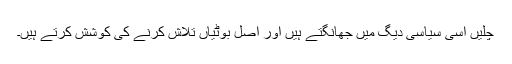
چلیں اسی سیاسی دیگ میں جھانگتے ہیں اور اصل بوٹیاں تلاش کرنے کی کوشش کرتے ہیں۔